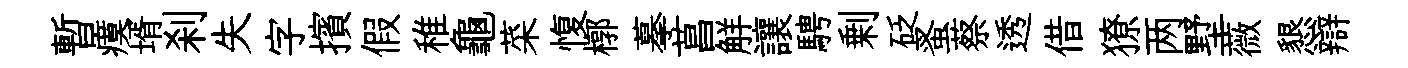
暫瘼壻刹失字擯假稚龜菜愎槨摹菖觧讓騁剰砭蚤蔡透借獠两墅薇懇辯